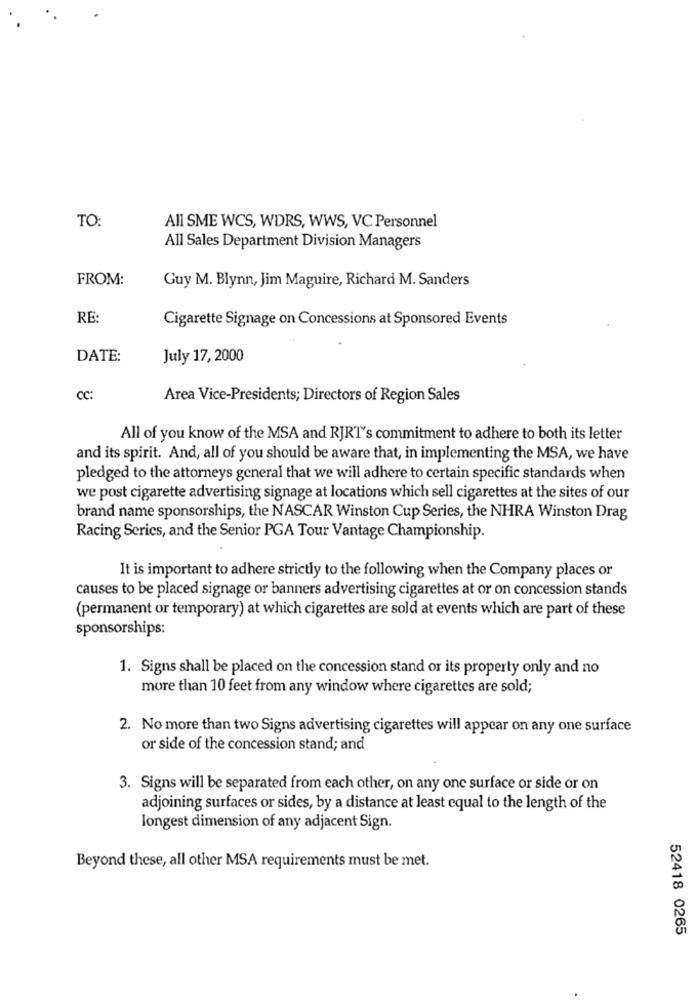
TO:
All SME WCS, WDRS, WWS, VC Personnel
All Sales Department Division Managers
FROM:
Guy M. Blynn, Jim Maguire, Richard M. Sanders
RE:
Cigarette Signage on Concessions at Sponsored Events
DATE:
July 17, 2000
CC:
Area Vice-Presidents; Directors of Region Sales
All of you know of the MSA and RJRT's commitment to adhere to both its letter
and its spirit. And, all of you should be aware that, in implementing the MSA, we have
pledged to the attorneys general that we will adhere to certain specific standards when
we post cigarette advertising signage at locations which sell cigarettes at the sites of our
brand name sponsorships, the NASCAR Winston Cup Series, the NHRA Winston Drag
Racing Series, and the Senior PGA Tour Vantage Championship.
It is important to adhere strictly to the following when the Company places or
causes to be placed signage or banners advertising cigarettes at or on concession stands
(permanent or temporary) at which cigarettes are sold at events which are part of these
sponsorships:
1. Signs shall be placed on the concession stand or its property only and no
more than 10 feet from any window where cigarettes are sold;
2. No more than two Signs advertising cigarettes will appear on any one surface
or side of the concession stand; and
3. Signs will be separated from each other, on any one surface or side or on
adjoining surfaces or sides, by a distance at least equal to the length of the
longest dimension of any adjacent Sign.
Beyond these, all other MSA requirements must be met.
52418 0265